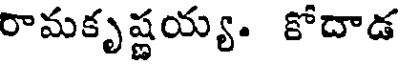
రామకృష్ణయ్య. కోదాడ